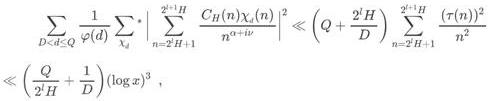
\[
\begin{align*}
&\sum_{D<2^{J}\leq Q}\frac{1}{\varphi(d)}\sum_{\chi_{d}}\left|\sum_{n = 2^{J}+1}^{2^{J + 1}H}\frac{C_{H}(n)\chi_{d}(n)}{n^{\sigma + i\psi}}\right|^{2}\ll\left(Q+\frac{2^{J}H}{D}\right)\sum_{n = 2^{J}+1}^{2^{J + 1}H}\frac{(\tau(n))^{2}}{n^{2}}\\
&\ll\left(\frac{2^{J}H}{D}+\frac{1}{D}\right)(\log x)^{3},
\end{align*}
\]